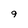
Character: 9